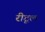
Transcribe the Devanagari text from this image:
रीटूल